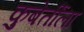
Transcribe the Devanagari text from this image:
कुबेर्तींला